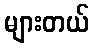
များတယ်